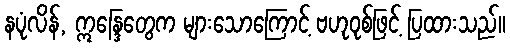
နပုံလိန်, ဣန္ဒြေတွေက များသောကြောင့် ဗဟုဝုစ်ဖြင့် ပြထားသည်။